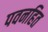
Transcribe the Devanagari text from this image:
पवनहित